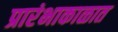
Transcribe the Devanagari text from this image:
प्रारंभाकाळात